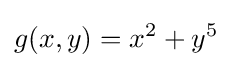
g(x,y)=x^{2}+y^{5}